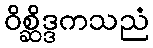
ဝိစ္ဆိဒ္ဒကသညံ